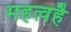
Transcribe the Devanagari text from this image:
महत्वहै